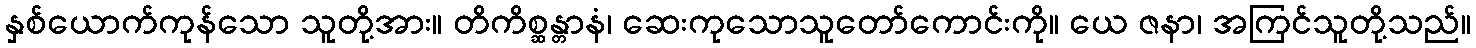
နှစ်ယောက်ကုန်သော သူတို့အား။ တိကိစ္ဆန္တာနံ၊ ဆေးကုသောသူတော်ကောင်းကို။ ယေ ဇနာ၊ အကြင်သူတို့သည်။